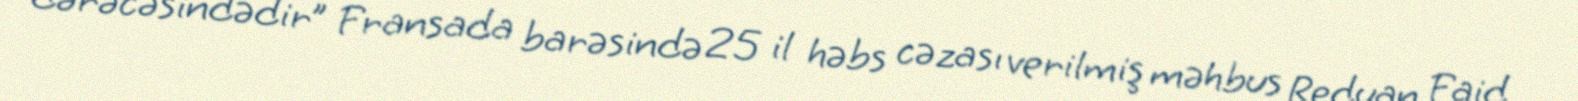
dərəcəsindədir” Fransada barəsində 25 il həbs cəzası verilmiş məhbus Reduan Faid